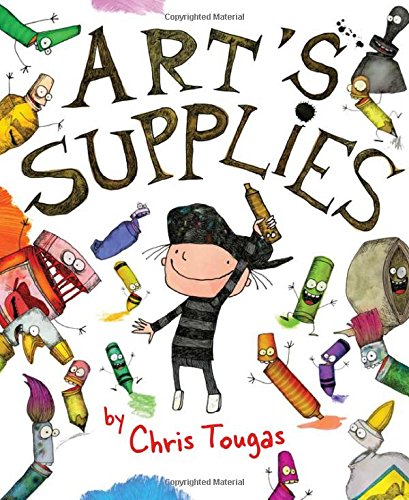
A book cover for Art's Supplies; Chris Tougas; Humor & Entertainment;